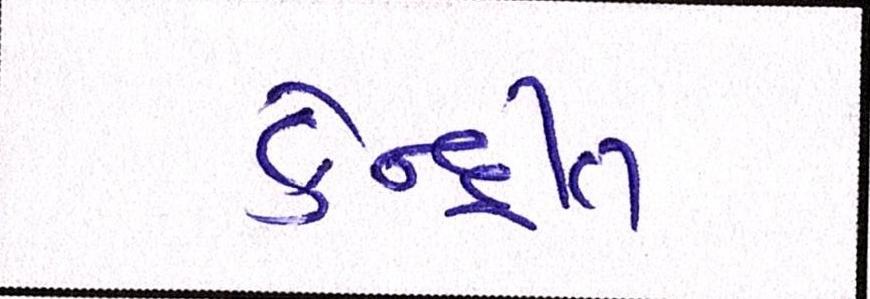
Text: કેન્દ્રીત